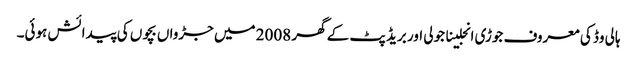
ہالی وڈ کی معروف جوڑی انجلینا جولی اور بریڈ پٹ کے گھر 2008 میں جڑواں بچوں کی پیدائش ہوئی۔